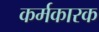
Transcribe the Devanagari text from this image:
कर्मकारक